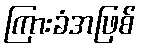
ကြားခံအဖြစ်